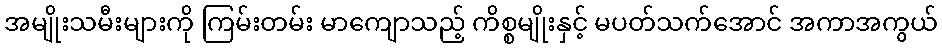
အမျိုးသမီးများကို ကြမ်းတမ်း မာကျောသည့် ကိစ္စမျိုးနှင့် မပတ်သက်အောင် အကာအကွယ်